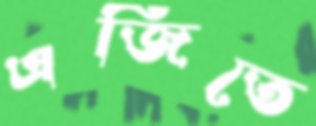
এজিতে